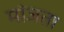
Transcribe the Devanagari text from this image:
मांजता